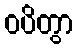
ဝပိတွာ